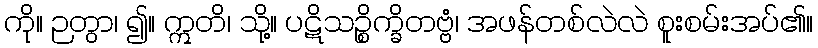
ကို။ ဉတွာ၊ ၍။ ဣတိ၊ သို့။ ပဋိသဉ္စိက္ခိတဗ္ဗံ၊ အဖန်တစ်လဲလဲ စူးစမ်းအပ်၏။